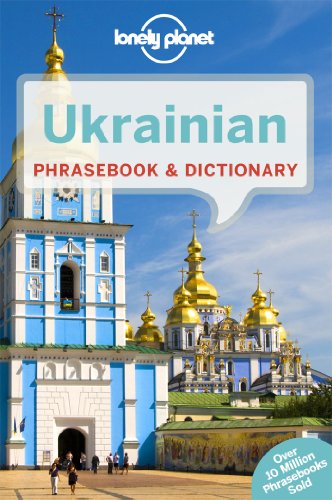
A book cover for Lonely Planet Ukrainian Phrasebook & Dictionary; Lonely Planet; Travel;